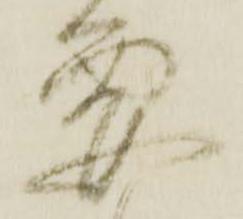
要